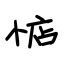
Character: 惦